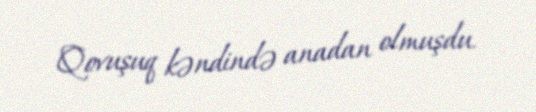
Qovuşuq kəndində anadan olmuşdu.